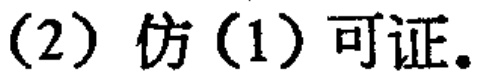
(2) 仿(1) 可证。